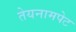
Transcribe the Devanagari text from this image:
तेयनामपेट